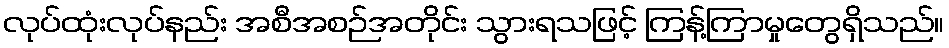
လုပ်ထုံးလုပ်နည်း အစီအစဉ်အတိုင်း သွားရသဖြင့် ကြန့်ကြာမှုတွေရှိသည်။